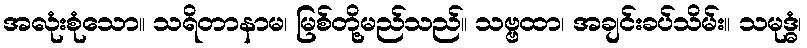
အလုံးစုံသော။ သရိတာနာမ၊ မြစ်တို့မည်သည်။ သဗ္ဗထာ၊ အချင်းခပ်သိမ်း။ သမုဒ္ဓံ၊